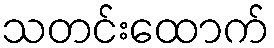
သတင်းထောက်